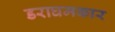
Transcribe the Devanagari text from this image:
डराघमकार